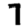
Digit: 7